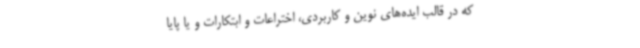
که در قالب ایده‌های نوین و کاربردی، اختراعات و ابتکارات و یا پایا